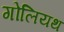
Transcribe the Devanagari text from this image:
गोलियथ